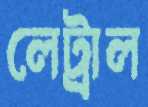
লেট্রাল